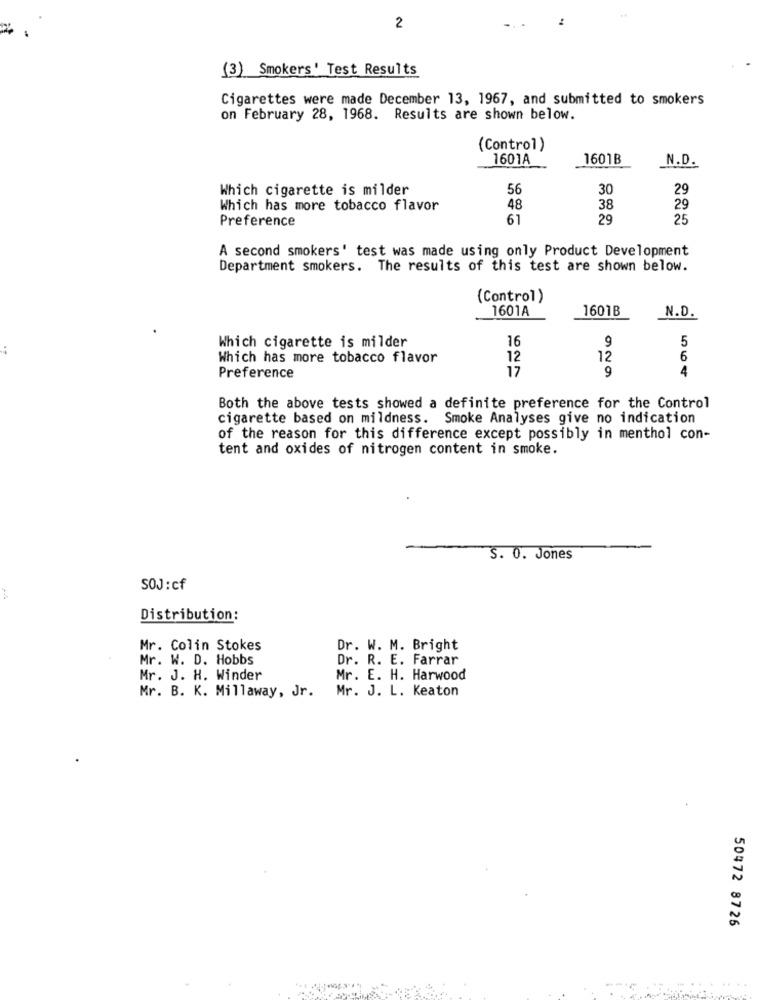
2
(3) Smokers' Test Results
Cigarettes were made December 13, 1967, and submitted to smokers
on February 28, 1968. Results are shown below.
(Control)
1601A
1601B
N.D.
Which cigarette is milder
56
30
29
Which has more tobacco flavor
48
38
29
Preference
61
29
25
A second smokers' test was made using only Product Development
Department smokers. The results of this test are shown below.
(Control)
1601A
1601B
N.D.
16
9
Which cigarette is milder
5
Which has more tobacco flavor
12
12
6
17
9
4
Preference
Both the above tests showed a definite preference for the Control
cigarette based on mildness. Smoke Analyses give no indication
of the reason for this difference except possibly in menthol con-
tent and oxides of nitrogen content in smoke.
S. 0. Jones
SOJ :cf
Distribution:
Mr. Colin Stokes
Dr. W. M. Bright
Mr. W. D. Hobbs
Dr. R. E. Farrar
Mr. J. H. Winder
Mr. E. H. Harwood
Mr. J. L. Keaton
Mr. B. K. Millaway, Jr.
50472 8726